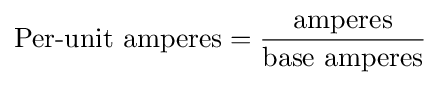
{\text{Per-unit amperes}}={\frac {\text{amperes}}{\text{base amperes}}}